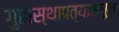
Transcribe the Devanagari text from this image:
गुहास्थापत्यामधून